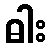
ဓါး